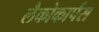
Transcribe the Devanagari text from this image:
लैकोकार्पस